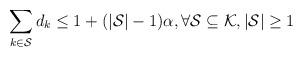
LaTeX: \begin{align*} \sum_{k \in \mathcal{S}}{d_{k}} \leq 1 + (|\mathcal{S}|-1) \alpha, \forall \mathcal{S} \subseteq \mathcal{K}, |\mathcal{S}| \geq 1\end{align*}